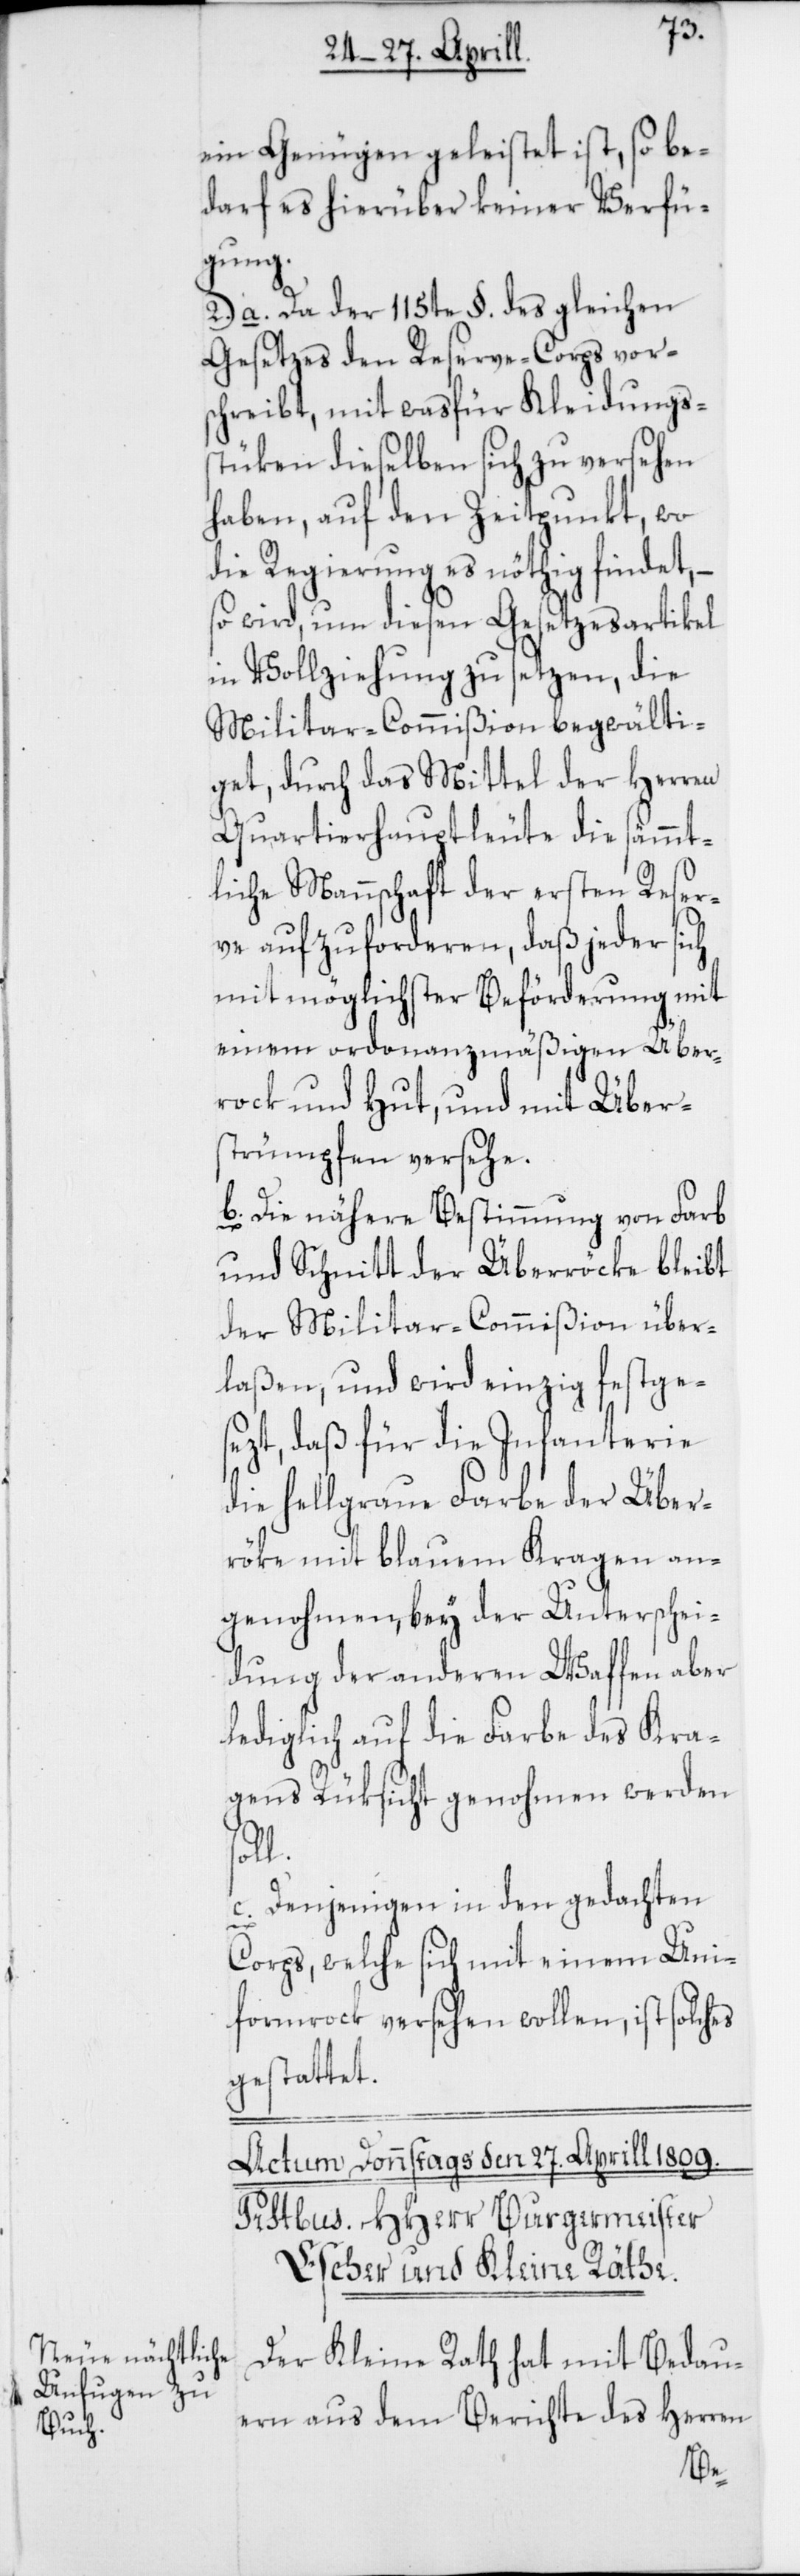
ein Genügen geleistet ist, so be¬
darf es hierüber keiner Verfü¬
gung.
2.) a. Da der 115te §. des gleichen
Gesetzes den Reserve-Corps vor¬
schreibt, mit was für Kleidungs¬
stücken dieselben sich zu versehen
haben, auf den Zeitpunkt, wo
die Regierung es nöthig findet, –
so wird, um diesen Gesetzesartikel
in Vollziehung zu setzen, die
Militar-Commißion begwälti¬
get, durch das Mittel der Herren
Quartierhauptleute die sämmt¬
liche Mannschaft der ersten Reser¬
ve aufzuforderen, daß jeder sich
mit möglichster Beförderung mit
einem ordonanzmäßigen Über¬
rock und Hut, und mit Über¬
strümpfen versehe.
b. Die nähere Bestimmung von Farb
und Schnitt der Überröcke bleibt
der Militar-Commißion über¬
laßen, und wird einzig festge¬
sezt, daß für die Infanterie
die hellgraue Farbe der Über¬
röke mit blauem Kragen an¬
genohmen, bey der Unterschei¬
dung der anderen Waffen aber
lediglich auf die Farbe des Kra¬
gens Rüksicht genohmen werden
c. Denjenigen in den gedachten
Corps, welche sich mit einem Uni¬
formrock versehen wollen, ist solches
gestattet.
Der Kleine Rath hat mit Bedau¬
ern aus dem Bericht des Herren